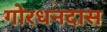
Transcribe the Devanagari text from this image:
गोरधनदास